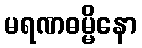
မရဏဓမ္မိနော